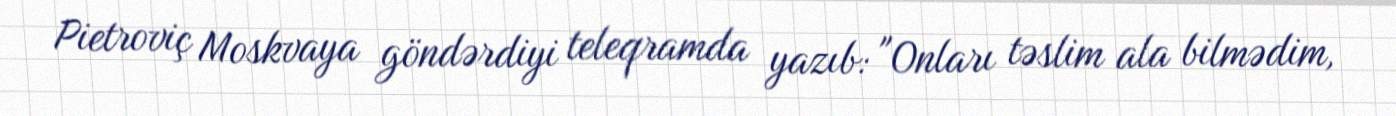
Pietroviç Moskvaya göndərdiyi teleqramda yazıb: "Onları təslim ala bilmədim,